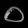
Digit: ၀